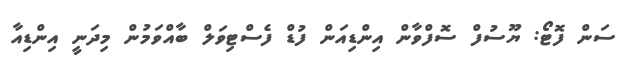
ސަން ފޮޓޯ: ޔޫސުފް ސޮފްވާން އިންޑިއަން ފުޑް ފެސްޓިވަލް ބާއްވަމުން މިދަނީ އިންޑިއާ